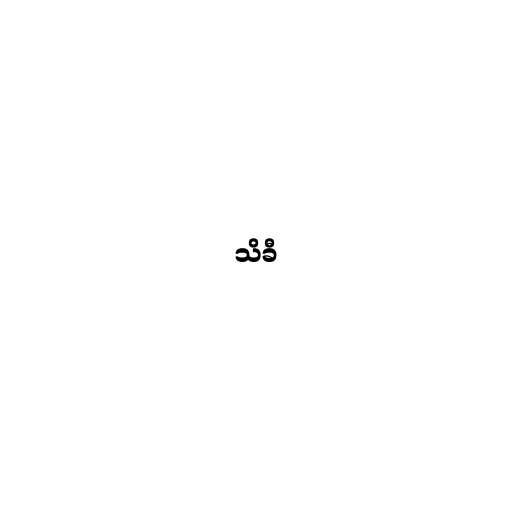
သိခီ